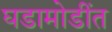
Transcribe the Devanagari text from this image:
घडामोडींत